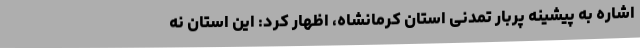
اشاره به پیشینه پربار تمدنی استان کرمانشاه، اظهار کرد: این استان نه